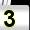
Digit: 3